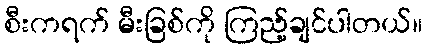
စီးကရက် မီးခြစ်ကို ကြည့်ချင်ပါတယ်။